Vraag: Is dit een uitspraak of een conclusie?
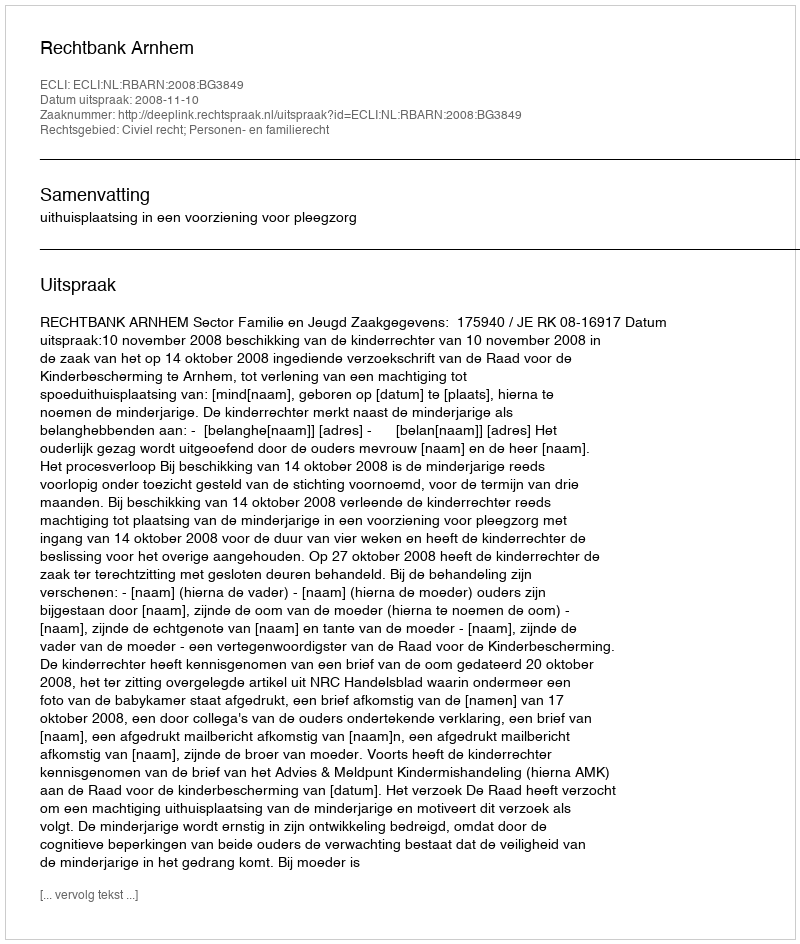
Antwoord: Uitspraak